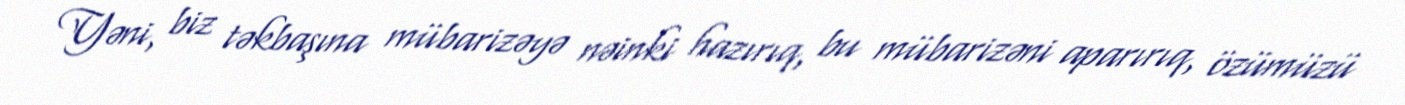
Yəni, biz təkbaşına mübarizəyə nəinki hazırıq, bu mübarizəni aparırıq, özümüzü